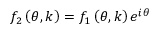
f _ { 2 } \left( \theta , k \right) = f _ { 1 } \left( \theta , k \right) e ^ { i \theta }